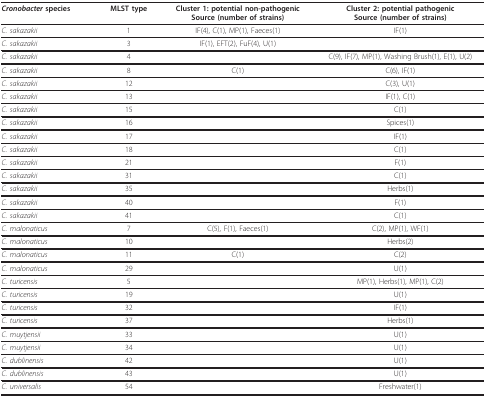
| Cronobacter species | MLST type | Cluster 1: potential non-pathogenicSource (number of strains) | Cluster 2: potential pathogenicSource (number of strains) |
 | --- | --- | --- | --- |
 | C. sakazakii | 1 | IF(4), C(1), MP(1), Faeces(1) | IF(1) |
 | C. sakazakii | 3 | IF(1), EFT(2), FuF(4), U(1) |  |
 | C. sakazakii | 4 |  | C(9), IF(7), MP(1), Washing Brush(1), E(1), U(2) |
 | C. sakazakii | 8 | C(1) | C(6), IF(1) |
 | C. sakazakii | 12 |  | C(3), U(1) |
 | C. sakazakii | 13 |  | IF(1), C(1) |
 | C. sakazakii | 15 |  | C(1) |
 | C. sakazakii | 16 |  | Spices(1) |
 | C. sakazakii | 17 |  | IF(1) |
 | C. sakazakii | 18 |  | C(1) |
 | C. sakazakii | 21 |  | F(1) |
 | C. sakazakii | 31 |  | C(1) |
 | C. sakazakii | 35 |  | Herbs(1) |
 | C. sakazakii | 40 |  | F(1) |
 | C. sakazakii | 41 |  | C(1) |
 | C. malonaticus | 7 | C(5), F(1), Faeces(1) | C(2), MP(1), WF(1) |
 | C. malonaticus | 10 |  | Herbs(2) |
 | C. malonaticus | 11 | C(1) | C(2) |
 | C. malonaticus | 29 |  | U(1) |
 | C. turicensis | 5 |  | MP(1), Herbs(1), MP(1), C(2) |
 | C. turicensis | 19 |  | U(1) |
 | C. turicensis | 32 |  | IF(1) |
 | C. turicensis | 37 |  | Herbs(1) |
 | C. muytjensii | 33 |  | U(1) |
 | C. muytjensii | 34 |  | U(1) |
 | C. dublinensis | 42 |  | U(1) |
 | C. dublinensis | 43 |  | U(1) |
 | C. universalis | 54 |  | Freshwater(1) |